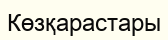
Көзқарастары